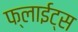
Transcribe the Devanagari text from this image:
फ्लाईट्स